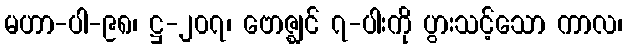
မဟာ-ပါ-၉၈၊ ဋ္ဌ-၂၀၇၊ ဗောဇ္ဈင် ၇-ပါးကို ပွားသင့်သော ကာလ၊